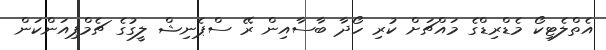
އެތްލެޓިކޯ މެޑްރިޑްގެ މައްޗަށް ކުރި ހޯދާ ބާސާއިން ރޭ ސްޕެނިޝް ލީގުގެ ޗެމްޕިއަންކަން